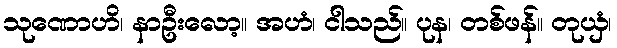
သုဏောဟိ၊ နာဦးလော့။ အဟံ၊ ငါသည်။ ပုန၊ တစ်ဖန်။ တုယှံ၊